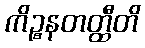
ကိဉ္စနတတ္ထီတိ